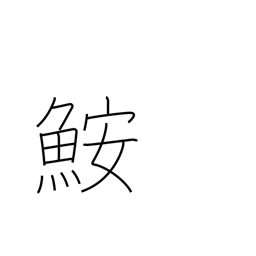
Meaning: angler-fish